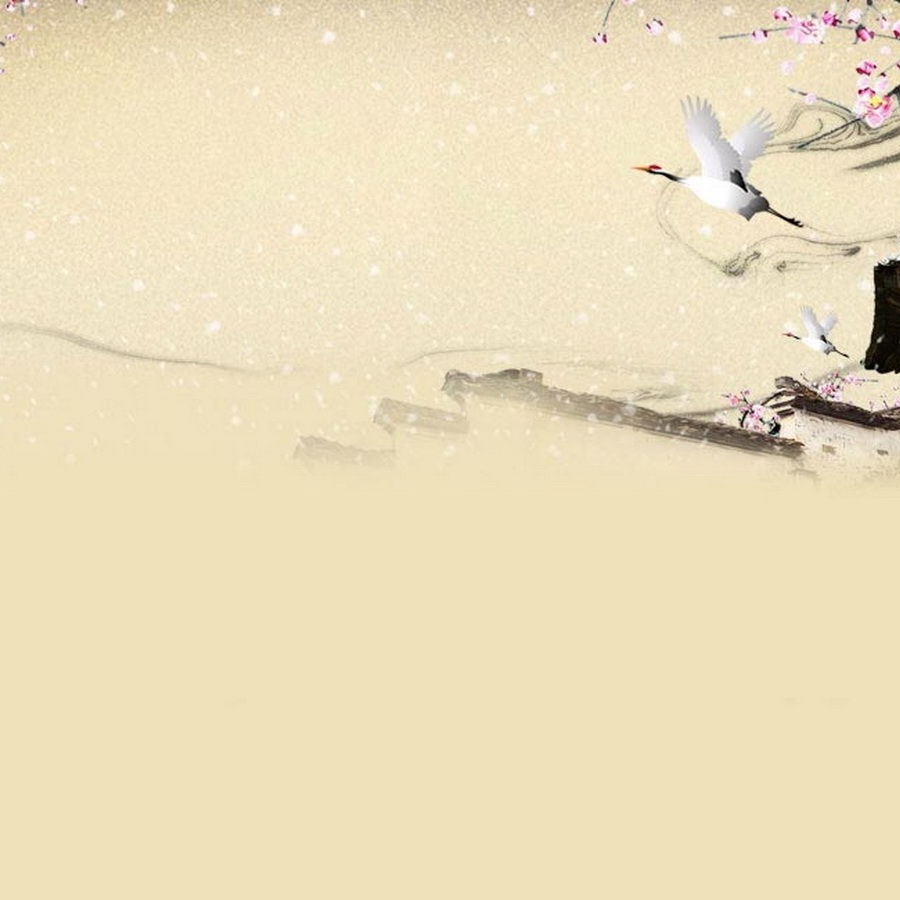
人生不相见，动如参与商。